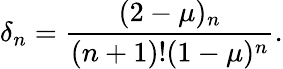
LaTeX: \delta_{n}=\frac{(2-\mu)_{n}}{(n+1)!(1-\mu)^{n}}.